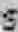
S